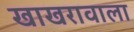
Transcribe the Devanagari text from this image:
खाखरावाला